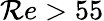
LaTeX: \mathcal{R}e>55